Annual administration report of the Civil Veterinary Department of India - 1895-1896
Year: 1895
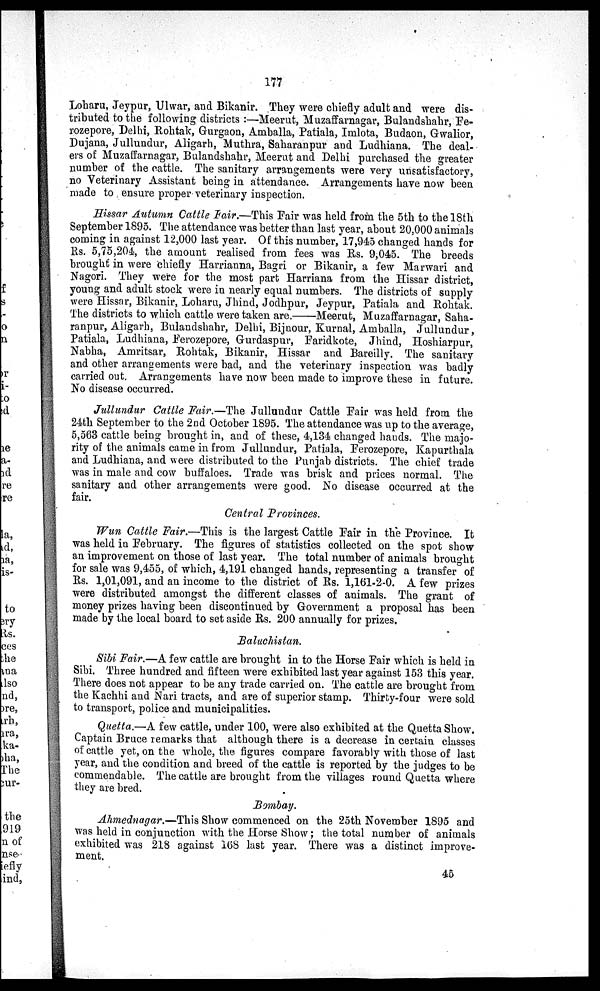
177
Loharu, Jeypur, Ulwar, and Bikanir. They were chiefly adult and were dis-
tributed to the following districts:—Meerut, Muzaffarnagar, Bulandshahr, Fe-
rozepore, Delhi, Rohtak, Gurgaon, Amballa, Patiala, Imlota, Budaon, Gwalior,
Dujana, Jullundur, Aligarh, Muthra, Saharanpur and Ludhiana. The deal-
ers of Muzaffarnagar, Bulandshahr, Meerut and Delhi purchased the greater
number of the cattle. The sanitary arrangements were very unsatisfactory,
no Veterinary Assistant being in attendance. Arrangements have now been
made to ensure proper veterinary inspection.
Hissar Autumn Cattle Fair.—This Pair was held from the 5th to the 18th
September 1895. The attendance was better than last year, about 20,000 animals
coming in against 12,000 last year. Of this number, 17,945 changed hands for
Rs. 5,75,204, the amount realised from fees was Rs. 9,045. The breeds
brought in were chiefly Harrianna, Bagri or Bikanir, a few Marwari and
Nagori. They were for the most part Harriana from the Hissar district,
young and adult stock were in nearly equal numbers. The districts of supply
were Hissar, Bikanir, Loharu, Jhind, Jodhpur, Jeypur, Patiala and Rohtak.
The districts to which cattle were taken are.——Meerut, Muzaffarnagar, Saha-
ranpur, Aligarh, Bulandshahr, Delhi, Bijnour, Kurnal, Amballa, Jullundur,
Patiala, Ludhiana, Ferozepore, Gurdaspur, Faridkote, Jhind, Hoshiarpur,
Nabha, Amritsar, Rohtak, Bikanir, Hissar and Bareilly. The sanitary
and other arrangements were bad, and the veterinary inspection was badly
carried out. Arrangements have now been made to improve these in future.
No disease occurred.
Jullundur Cattle Fair.—The Jullundur Cattle Pair was held from the
24th September to the 2nd October 1895. The attendance was up to the average,
5,563 cattle being brought in, and of these, 4,134 changed hands. The majo-
rity of the animals came in from Jullundur, Patiala, Ferozepore, Kapurthala
and Ludhiana, and were distributed to the Punjab districts. The chief trade
was in male and cow buffaloes. Trade was brisk and prices normal. The
sanitary and other arrangements were good. No disease occurred at the
fair.
Central Provinces.
Wun Cattle Fair.—This is the largest Cattle Pair in the Province. It
was held in February. The figures of statistics collected on the spot show
an improvement on those of last year. The total number of animals brought
for sale was 9,455, of which, 4,191 changed hands, representing a transfer of
Rs. 1,01,091, and an income to the district of Rs. 1,161-2-0. A few prizes
were distributed amongst the different classes of animals. The grant of
money prizes having been discontinued by Government a proposal has been
made by the local board to set aside Rs. 200 annually for prizes.
Baluchistan.
Sibi Fair.—A few cattle are brought in to the Horse Pair which is held in
Sibi. Three hundred and fifteen were exhibited last year against 153 this year.
There does not appear to be any trade carried on. The cattle are brought from
the Kachhi and Nari tracts, and are of superior stamp. Thirty-four were sold
to transport, police and municipalities.
Quetta.—A few cattle, under 100, were also exhibited at the Quetta Show.
Captain Bruce remarks that although there is a decrease in certain classes
of cattle yet, on the whole, the figures compare favorably with those of last
year, and the condition and breed of the cattle is reported by the judges to be
commendable. The cattle are brought from the villages round Quetta where
they are bred.
Bombay.
Ahmednagar.—This Show commenced on the 25th November 1895 and
was held in conjunction with the Horse Show; the total number of animals
exhibited was 218 against 168 last year. There was a distinct improve-
ment.
45